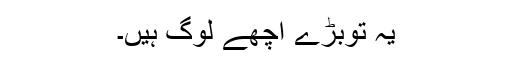
یہ توبڑے اچھے لوگ ہیں۔